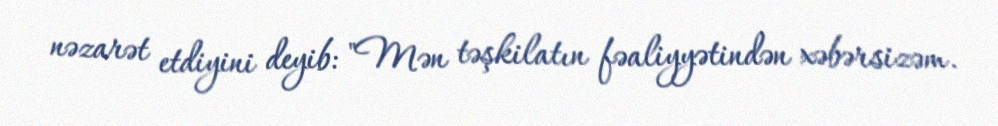
nəzarət etdiyini deyib: "Mən təşkilatın fəaliyyətindən xəbərsizəm.